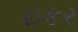
ઇકર